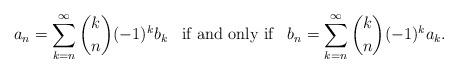
LaTeX: \begin{align*}a_n=\sum_{k=n}^{\infty} {k \choose n}(-1)^k b_k \;\;\;\mbox{\rm if and only if}\;\;\; b_n=\sum_{k=n}^{\infty} {k \choose n}(-1)^k a_k.\end{align*}